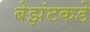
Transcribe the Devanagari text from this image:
बेझंटकडे